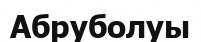
Абруболуы